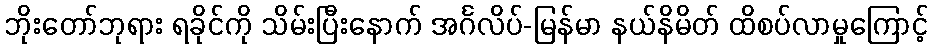
ဘိုးတော်ဘုရား ရခိုင်ကို သိမ်းပြီးနောက် အင်္ဂလိပ်-မြန်မာ နယ်နိမိတ် ထိစပ်လာမှုကြောင့်